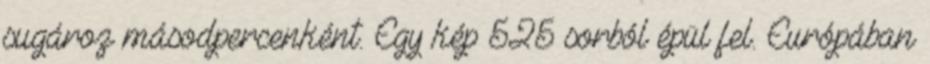
sugároz másodpercenként. Egy kép 525 sorból épül fel. Európában